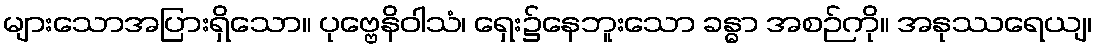
များသောအပြားရှိသော။ ပုဗ္ဗေနိဝါသံ၊ ရှေး၌နေဘူးသော ခန္ဓာ အစဉ်ကို။ အနုဿရေယျ၊